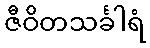
ဇီဝိတသင်္ခါရံ